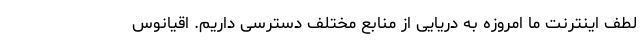
لطف اینترنت ما امروزه به دریایی از منابع مختلف دسترسی داریم. اقیانوس